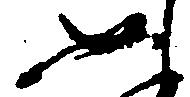
如